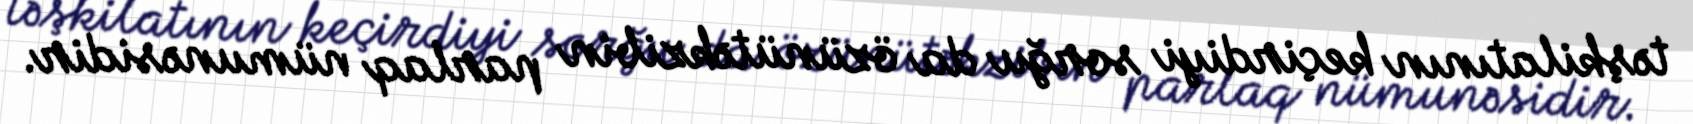
təşkilatının keçirdiyi sorğu da özünütəkzibin parlaq nümunəsidir.